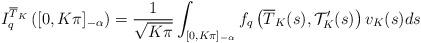
LaTeX: \begin{align*} I^{\overline{T}_K}_{q}\left([0,K\pi]_{-{\alpha}}\right)=\frac{1}{\sqrt{K\pi}}\int_{[0,K\pi]_{-{\alpha}}}f_{q}\left(\overline{T}_K(s),\mathcal {T}^{\prime}_K(s)\right)v_K(s)ds\end{align*}